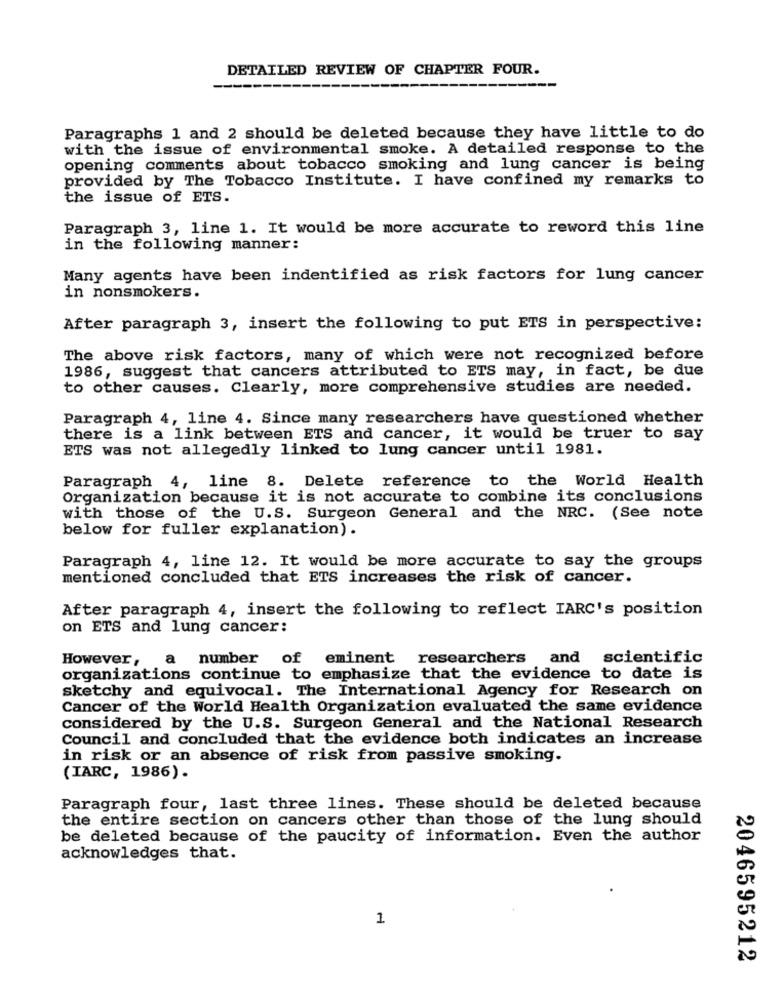
DETAILED REVIEW OF CHAPTER FOUR.
Paragraphs 1 and 2 should be deleted because they have little to do
with the issue of environmental smoke. A detailed response to the
opening comments about tobacco smoking and lung cancer is being
provided by The Tobacco Institute. I have confined my remarks to
the issue of ETS.
Paragraph 3, line 1. It would be more accurate to reword this line
in the following manner:
Many agents have been indentified as risk factors for lung cancer
in nonsmokers.
After paragraph 3, insert the following to put ETS in perspective:
The above risk factors, many of which were not recognized before
1986, suggest that cancers attributed to ETS may, in fact, be due
to other causes. Clearly, more comprehensive studies are needed.
Paragraph 4, line 4. Since many researchers have questioned whether
there is a link between ETS and cancer, it would be truer to say
ETS was not allegedly linked to lung cancer until 1981.
Paragraph 4, line 8. Delete reference to the World Health
Organization because it is not accurate to combine its conclusions
with those of the U.S. Surgeon General and the NRC. (See note
below for fuller explanation).
Paragraph 4, line 12. It would be more accurate to say the groups
mentioned concluded that ETS increases the risk of cancer.
After paragraph 4, insert the following to reflect IARC's position
on ETS and lung cancer:
However, a number
of eminent researchers and scientific
organizations continue to emphasize that the evidence to date is
sketchy and equivocal. The International Agency for Research on
Cancer of the World Health Organization evaluated the same evidence
considered by the U.S. Surgeon General and the National Research
Council and concluded that the evidence both indicates an increase
in risk or an absence of risk from passive smoking.
(IARC, 1986).
Paragraph four, last three lines. These should be deleted because
the entire section on cancers other than those of the lung should
be deleted because of the paucity of information. Even the author
acknowledges that.
1
2046595212